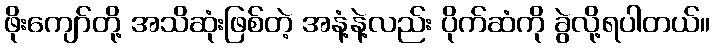
ဖိုးကျော်တို့ အသိဆုံးဖြစ်တဲ့ အနံ့နဲ့လည်း ပိုက်ဆံကို ခွဲလို့ရပါတယ်။